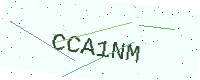
Text: CCA1NM